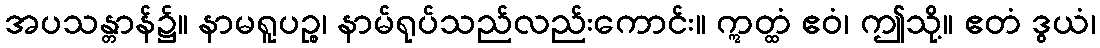
အပသန္တာန်၌။ နာမရူပဉ္စ၊ နာမ်ရုပ်သည်လည်းကောင်း။ ဣတ္ထံ ဧဝံ၊ ဤသို့။ ဧတံ ဒွယံ၊